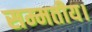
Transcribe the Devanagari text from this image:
सम्मतीय।